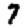
Digit: 7